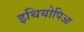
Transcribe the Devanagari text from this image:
इथियोपिआ